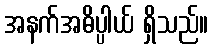
အနက်အဓိပ္ပါယ် ရှိသည်။